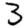
Digit: 3